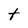
Character: t